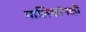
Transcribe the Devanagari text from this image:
मालिकांनाही